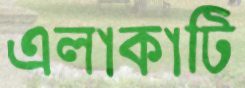
এলাকাটি